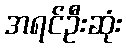
အရင်ဦးဆုံး